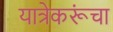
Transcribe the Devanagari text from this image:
यात्रेकरूंचा